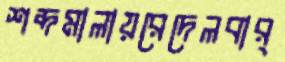
শব্দমালায়রেদেলবার্